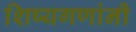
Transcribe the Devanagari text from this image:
शिष्यगणांनी